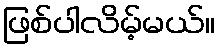
ဖြစ်ပါလိမ့်မယ်။